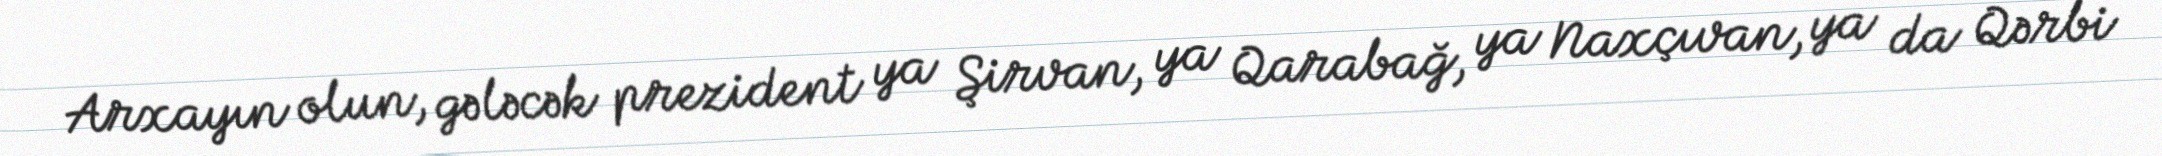
Arxayın olun, gələcək prezident ya Şirvan, ya Qarabağ, ya Naxçıvan, ya da Qərbi